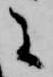
に